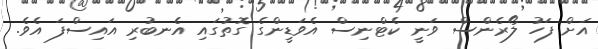
އަށް ފަހު ލޯރެންސް ވަނީ ކެޓްނިސް އެވަޑީންގެ ގޮތުގައި އެނބުރި އައިސްފަ އެވެ.